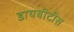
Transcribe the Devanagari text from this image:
डायबीटीस